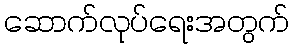
ဆောက်လုပ်ရေးအတွက်